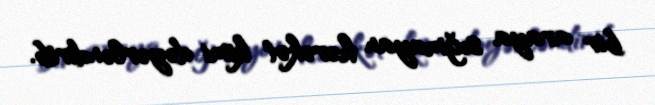
bir araya sığmayan hərəkət kimi dəyərləndirib.